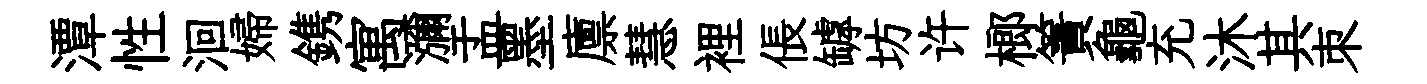
潭性洄婦鎸寓瀰盂墨廪慧裡倀罅坊许榔簀龜充沐其朿